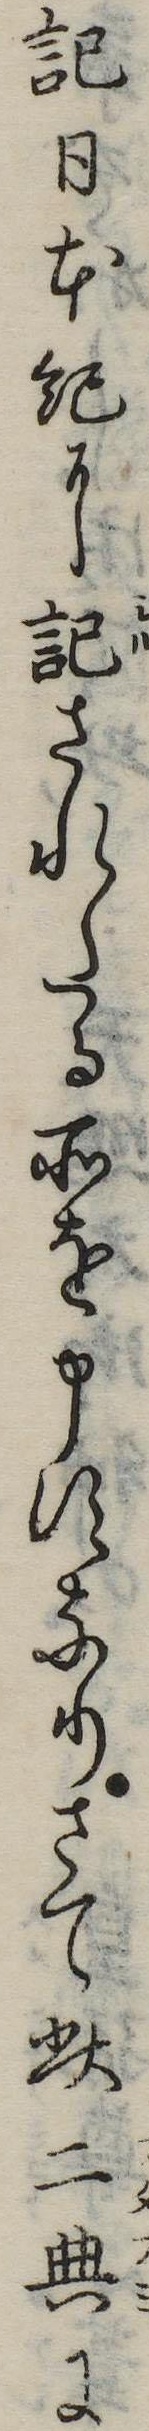
記日本紀に記されたる所を申すなりさて此二典に